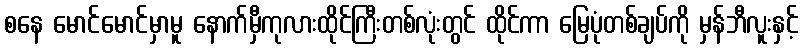
စနေ မောင်မောင်မှာမူ နောက်မှီကုလားထိုင်ကြီးတစ်လုံးတွင် ထိုင်ကာ မြေပုံတစ်ချပ်ကို မှန်ဘီလူးနှင့်